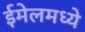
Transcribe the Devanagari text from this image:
ईमेलमध्ये